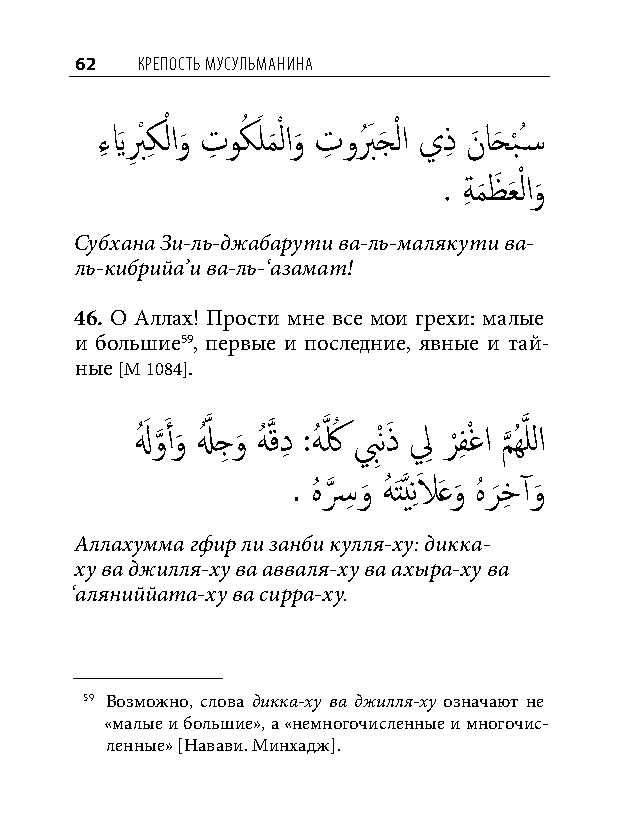
62  КреПость мусульманина
 ءِ يَبِ ْ كِ لْ او
 َ
 تِ وكُ َ لم
 َ
 ْ لاو
 َ
 تِ وبُ َ جَ ْ لا يذِ نَ احَ ب
 ْ
 ُس�
 . ةِ م
 َ
 ظَ عَ ْ لاو
 َ
 Субхана Зи-ль-джабарути ва-ль-малякути ва-
 ль-кибрийа’и ва-ль-‘азамат!
 46. О Аллах! Прости мне все мои грехи: малые
 и большие59, первые и последние, явные и тай-
 ные [М 1084].
 لهُ َ و
 َّذ
 َ أو
 َ
 لَُّذ جِ و
 َ
 هُ َّذقدِ :هُ َّذ كُ بِْنذَ لِ ر
 ْ
 فِ ْغا م
 َّذ
 ُهَّذ للا
 . هُ سَّذ ِ و
 َ
 هُ َتَّذينِ لاَ َعو
 َ
 هُ ر
 َ
 خِ آو
 َ
 Аллахумма гфир ли занби кулля-ху: дикка-
 ху ва джилля-ху ва авваля-ху ва ахыра-ху ва
 ‘аляниййата-ху ва сирра-ху.
 59 Возможно, слова дикка-ху ва джилля-ху означают не
 «малые и большие», а «немногочисленные и многочис-
 ленные» [Навави. Минхадж].